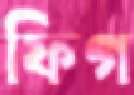
ফিগ